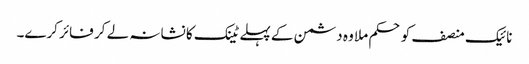
نائیک منصف کو حکم ملا وہ دشمن کے پہلے ٹینک کا نشانہ لے کر فائر کرے۔